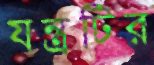
যন্ত্রটির